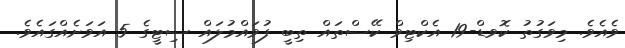
ވެއެވެ. މިވަގުތު ކޮވޑް-19 އެކްޓިވް ކޭސްތައް ތިބީ ފުވައްމުލައް ސިޓީގެ 5 އަވަށެއްގައެވެ.